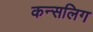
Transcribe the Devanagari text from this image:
कन्सलिग